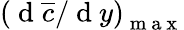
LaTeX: \left(\mathrm{~d~}\overline{{c}}/\mathrm{~d~}y\right)_{\mathrm{~m~a~x~}}